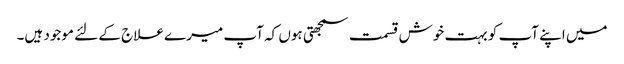
میں اپنے آپ کو بہت خوش قسمت سمجھتی ہوں کہ آپ میرے علاج کے لئے موجود ہیں۔